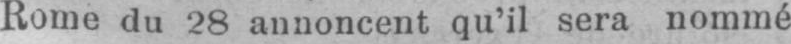
Rome du 28 annoncent qu’il sera nommé